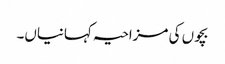
بچوں کی مزاحیہ کہانیاں۔